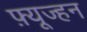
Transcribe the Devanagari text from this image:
फ़्यूज्हन